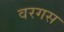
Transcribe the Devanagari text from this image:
वरगस